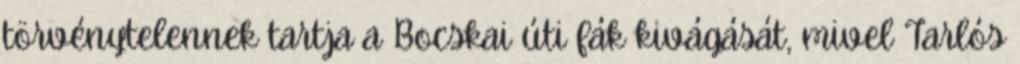
törvénytelennek tartja a Bocskai úti fák kivágását, mivel Tarlós